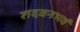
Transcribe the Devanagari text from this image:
शदवनभवं